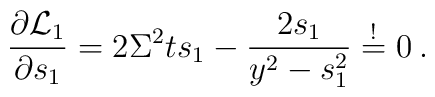
\frac{\partial {\cal L}_1}{\partial s_1}=2\Sigma^2  ts_1-\frac{2s_1}{y^2-s_1^2}\stackrel{!}{=} 0 \:.